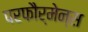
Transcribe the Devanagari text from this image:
परफौर्मेन्स